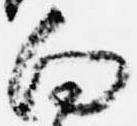
向